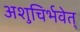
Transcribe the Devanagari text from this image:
अशुचिर्भवेत्